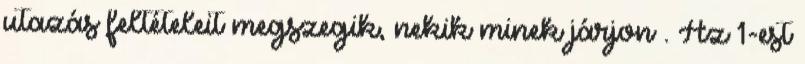
utazás feltételeit megszegik, nekik minek járjon . Az 1-est